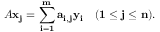
A { \bf { { x } _ { j } = \sum _ { i = 1 } ^ { m } a _ { i , j } { \bf { { y } _ { i } \quad ( 1 \leq j \leq n ) . } } } }